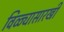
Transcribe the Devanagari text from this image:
विळ्यासारखी